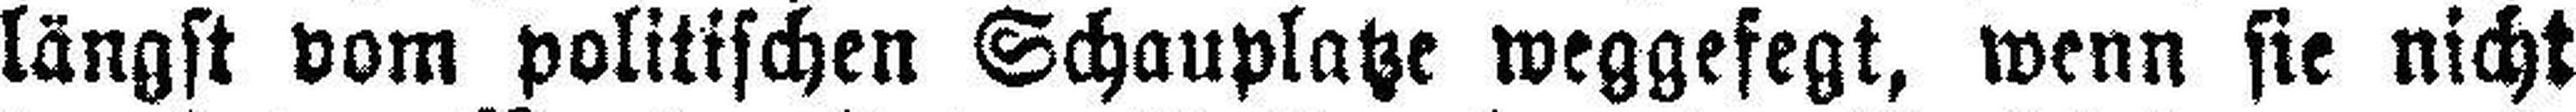
längst vom politischen Schauplatze weggefegt, wenn sie nicht